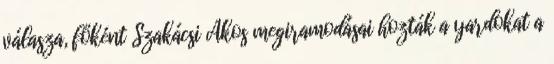
válasza, főként Szakácsi Ákos megiramodásai hozták a yardokat a